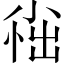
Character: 𫵀